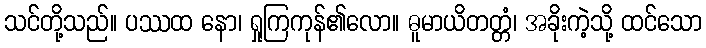
သင်တို့သည်။ ပဿထ နော၊ ရှုကြကုန်၏လော။ ဓူမာယိတတ္တံ၊ အခိုးကဲ့သို့ ထင်သော